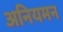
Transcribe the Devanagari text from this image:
अनियमन